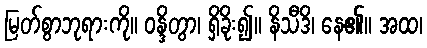
မြတ်စွာဘုရားကို။ ဝန္ဒိတွာ၊ ရှိခိုး၍။ နိသီဒိ၊ နေ၏။ အထ၊